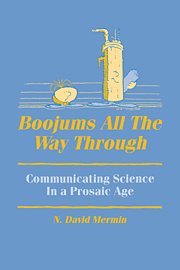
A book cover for Boojums All the Way through: Communicating Science in a Prosaic Age; N. David Mermin; Science & Math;